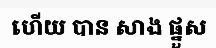
ហើយ បាន សាង ផ្នួស